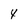
Character: 4